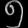
Digit: ၅